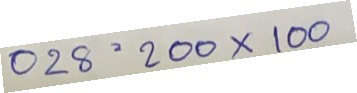
028 = 200 x 100